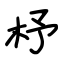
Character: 杼